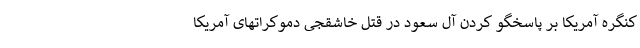
کنگره آمریکا بر پاسخگو کردن آل سعود در قتل خاشقجی دموکراتهای آمریکا